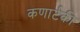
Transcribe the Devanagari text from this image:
कणार्टकी